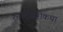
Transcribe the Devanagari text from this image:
रत्नशेखरीकथा